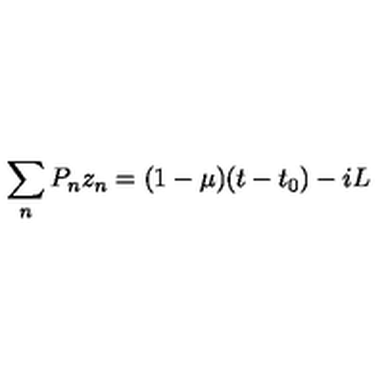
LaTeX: \sum _ { n } P _ { n } z _ { n } = ( 1 - \mu ) ( t - t _ { 0 } ) - i L